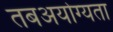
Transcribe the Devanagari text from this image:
तबअयोग्यता